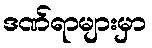
ဒဏ်ရာများမှာ